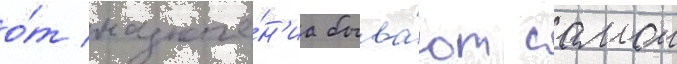
о́т назначе́н'иа быва́ют самои